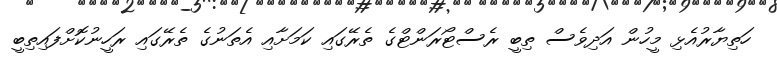
ހަތިޔާރުއެޅި މީހުން އަދިވެސް ތިބީ ރެސްޓޯރަންޓްގެ ތެރޭގައި ކަމަށާއި އެތަނުގެ ތެރޭގައި ރަހީނުކޮށްފައިތިބީ